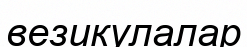
везикулалар